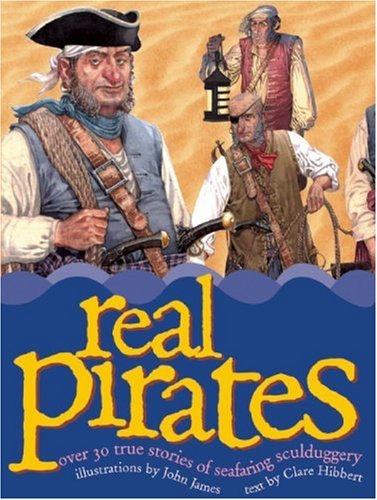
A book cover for Real Pirates; Claire Hibbert; Children's Books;